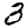
Digit: 3